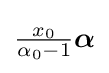
{\tfrac {x_{0}}{\alpha _{0}-1}}{\boldsymbol {\alpha }}